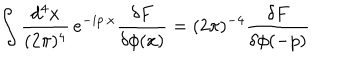
\int \frac { d ^ { 4 } x } { ( 2 \pi ) ^ { 4 } } \, e ^ { - i p \cdot x } \frac { \delta F } { \delta \phi ( x ) } = ( 2 \pi ) ^ { - 4 } \frac { \delta F } { \delta \phi ( - p ) }